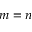
m = n